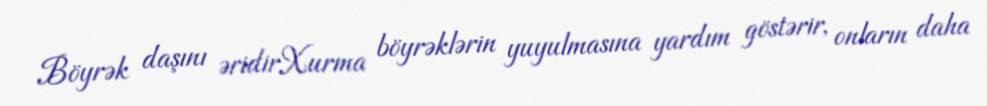
Böyrək daşını əridirXurma böyrəklərin yuyulmasına yardım göstərir, onların daha